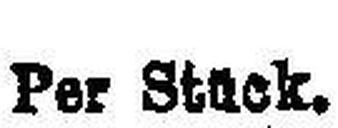
Per Stück